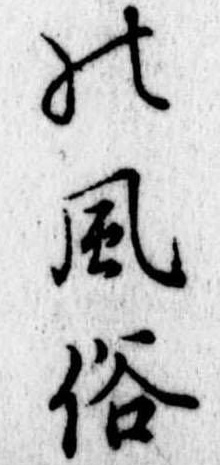
の風俗